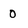
Character: 0